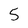
Character: 5